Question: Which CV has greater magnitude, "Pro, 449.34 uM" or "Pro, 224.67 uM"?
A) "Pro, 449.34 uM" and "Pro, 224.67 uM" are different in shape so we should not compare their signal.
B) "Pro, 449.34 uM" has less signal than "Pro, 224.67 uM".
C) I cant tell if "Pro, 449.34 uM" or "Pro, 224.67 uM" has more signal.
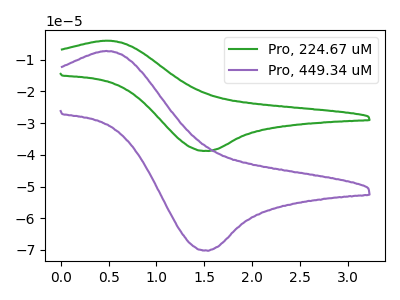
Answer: <think>The green curve "Pro, 224.67 uM" has an anodic peak at (0.50V, -4.00uA) and a cathodic peak at (1.55V, -38.80uA). The purple curve "Pro, 449.34 uM" has an anodic peak at (0.50V, -7.25uA) and a cathodic peak at (1.55V, -70.25uA).
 All the peaks in "Pro, 449.34 uM" have a peak in "Pro, 224.67 uM" at the same potential.</think>
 <answer>C) I cant tell if "Pro, 449.34 uM" or "Pro, 224.67 uM" has more signal.</answer>
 <eval>C</eval>